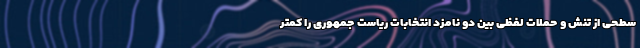
سطحی از تنش و حملات لفظی بین دو نامزد انتخابات ریاست جمهوری را کمتر